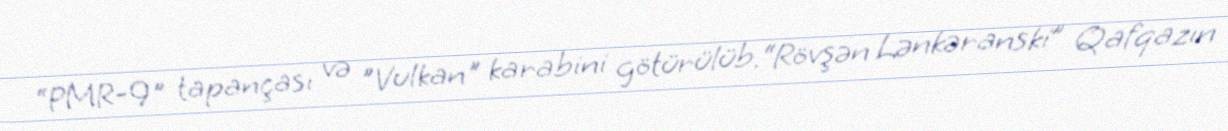
“PMR-9" tapançası və "Vulkan" karabini götürülüb.“Rövşən Lənkəranski” Qafqazın